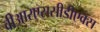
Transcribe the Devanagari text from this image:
वीआरएससीडीएक्स